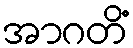
အာဂတိံ